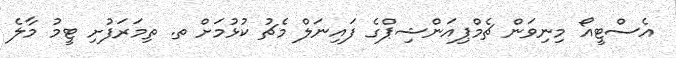
އެސްޓީއޯ މިނިވަން ޗެމްޕިއަންޝިޕްގެ ފައިނަލް މެޗު ކުޅުމަށް ތ. ތިމަރަފުށި ޓީމު މާލެ